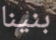
بنينا